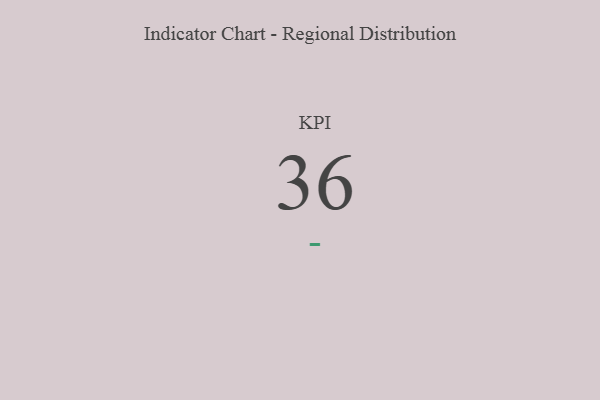
{"axis": {"x": "KPI", "y": "Value"}, "legend": [""], "data": [{"x": "KPI", "y": 36, "type": ""}]}